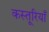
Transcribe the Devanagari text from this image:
कस्तूरियाँ